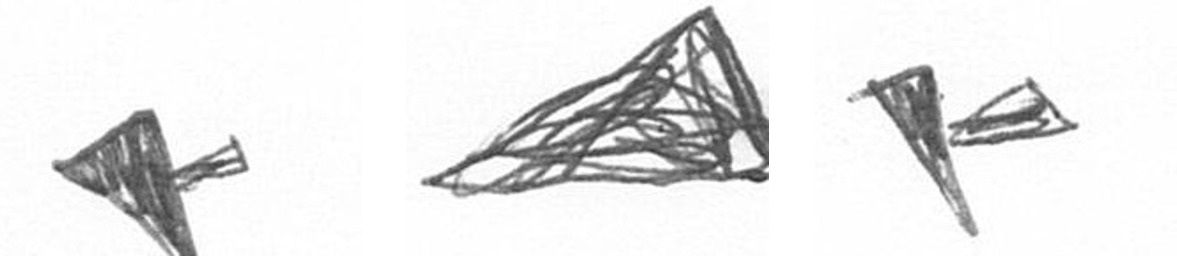
F O F